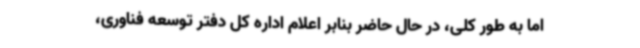
اما به طور کلی، در حال حاضر بنابر اعلام اداره کل دفتر توسعه فناوری،